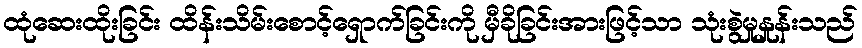
ထုံဆေးထိုးခြင်း ထိန်းသိမ်းစောင့်ရှောက်ခြင်းကို မှီခိုခြင်းအားဖြင့်သာ သုံးစွဲမှုနှုန်းသည်